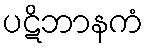
ပဋိဘာနကံ